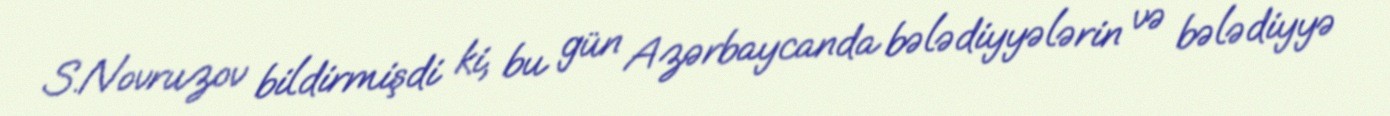
S.Novruzov bildirmişdi ki, bu gün Azərbaycanda bələdiyyələrin və bələdiyyə